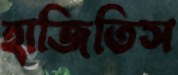
হাজিতিস